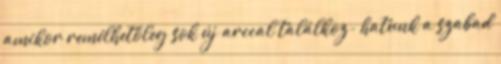
amikor remélhetőleg sok új arccal találkoz- hatunk a szabad